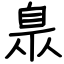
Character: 臮